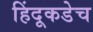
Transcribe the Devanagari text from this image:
हिंदूकडेच